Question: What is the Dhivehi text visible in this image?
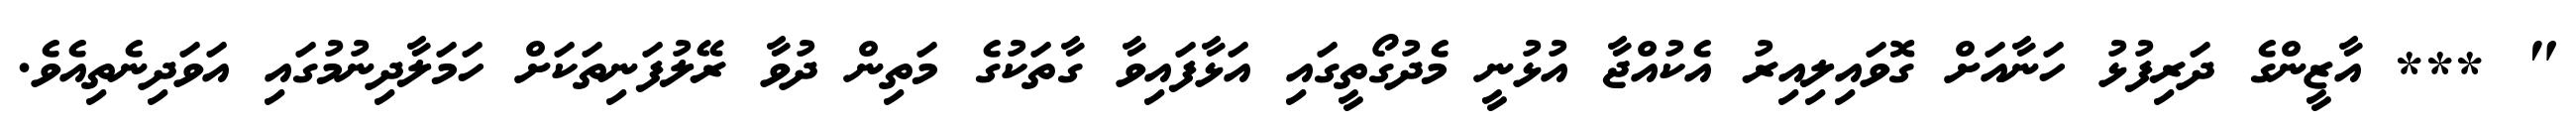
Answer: " *** އާޒީންގެ ދަރިފުޅު ހަނާއަށް ގޮވައިލިއިރު އެކުއްޖާ އުޅުނީ މެދުގޯތީގައި އަޅާފައިވާ ގާތަކުގެ މަތިން ދުވާ ރޭލުފަނިތަކަށް ހަމަލާދިނުމުގައި އަވަދިނެތިއެވެ.